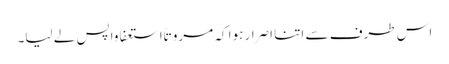
اس طرف سے اتنا اصرار ہوا کہ مروتاً استعفا واپس لے لیا۔